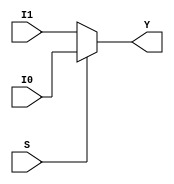
/////////////////////////////////
/////////////////////////////////
/////////////////////////////////
/////////////////////////////////
/////////////////////////////////
/////////////////////////////////
/////////////////////////////////


module mux_2x1(output [31:0] Y, input S, input [31:0] I0, I1);
	assign Y=S? I0:I1;
endmodule

module mux_2x1_2b(output [1:0] Y, input S, input [1:0] I0, I1);
	assign Y=S? I0:I1;
endmodule


/////////////////////////////////
/////////////////////////////////
/////////////////////////////////
/////////////////////////////////
/////////////////////////////////
/////////////////////////////////
module internal_shifter (
	input [31:0] amount, value,
	input [1:0] shift_type,
	output reg [31:0] shift_out
);
	reg [63:0] temp;
	always @(amount, value, shift_type) 
	begin
		case(shift_type)
			0:begin
				//Logical Shift Left
				shift_out[31:0] = value[31:0]<<amount;
			end
			1:begin
				//Logical Shift Right
				shift_out[31:0] = value[31:0]>>amount;
			end

			2:begin
				//right arithmetic
				shift_out[31:0] = $signed(value[31:0])>>>amount;
			end
			3:begin
				  temp = {value, value} >> amount;
				  shift_out[31:0] = temp[31:0];
			end
		endcase //shift_type
	end
endmodule

module shifter(input[31:0] input_register_value, input[11:0] shifter_operand, input selector, output [31:0] out);
	wire[31:0] amounttointernal,valuetointernal;
	wire[1:0] shifttypetointernal;
	
	mux_2x1 amount_mux(amounttointernal,
		selector,
			{27'b0000_0000_0000_0000_0000_0000_000,shifter_operand[11:8],1'b0}, 
				{27'b0000_0000_0000_0000_0000_0000_000,shifter_operand[11:7]});

	mux_2x1 value_mux(valuetointernal,
			selector,
				{24'b0000_0000_0000_0000_0000_0000,shifter_operand[7:0]},
					input_register_value[31:0]);

	mux_2x1_2b shift_type_mux(shifttypetointernal,
			selector,
				2'b11,
					shifter_operand[6:5]);

	internal_shifter intsh(amounttointernal,valuetointernal,shifttypetointernal,out);
endmodule


module internal_shifter_tester;
	reg[31:0]input_register_value;

	reg[11:0]shifter_operand;
	
	reg selector;

	wire[31:0] out;

	shifter sh(input_register_value,shifter_operand,selector,out);
	parameter simtime = 1500;
	initial #simtime $finish;
	initial begin
		input_register_value = 5;
		shifter_operand =  12'b00000_11_0_0101;
		selector = 1;
	end
	initial begin
		$monitor("%b %b",shifter_operand,out);
	end
endmodule